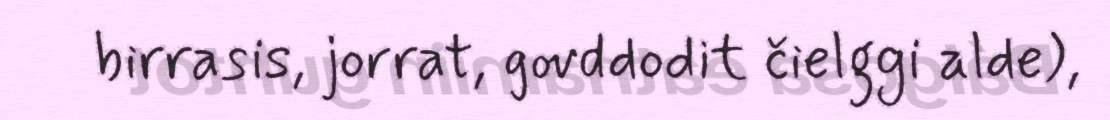
birrasis, jorrat, govddodit čielggi alde),